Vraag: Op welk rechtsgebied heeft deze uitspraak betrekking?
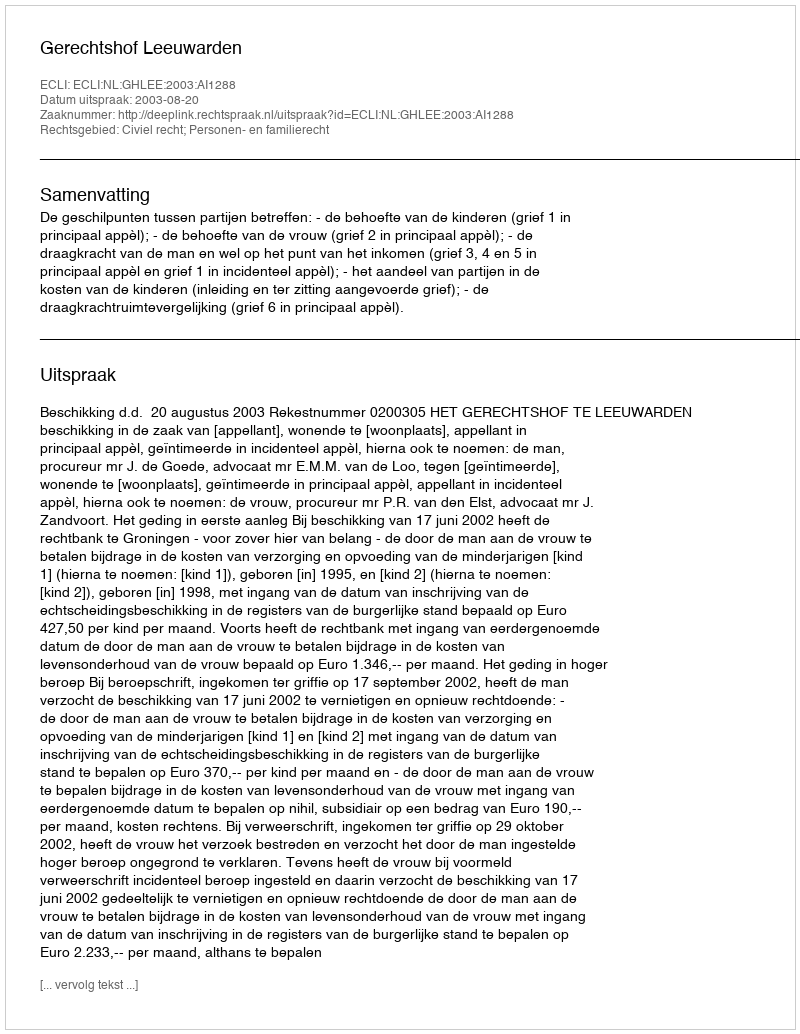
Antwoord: Civiel recht; Personen- en familierecht